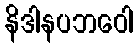
နိဒါနပဘဝေါ